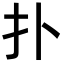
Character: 扑